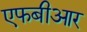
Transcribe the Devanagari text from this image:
एफबीआर